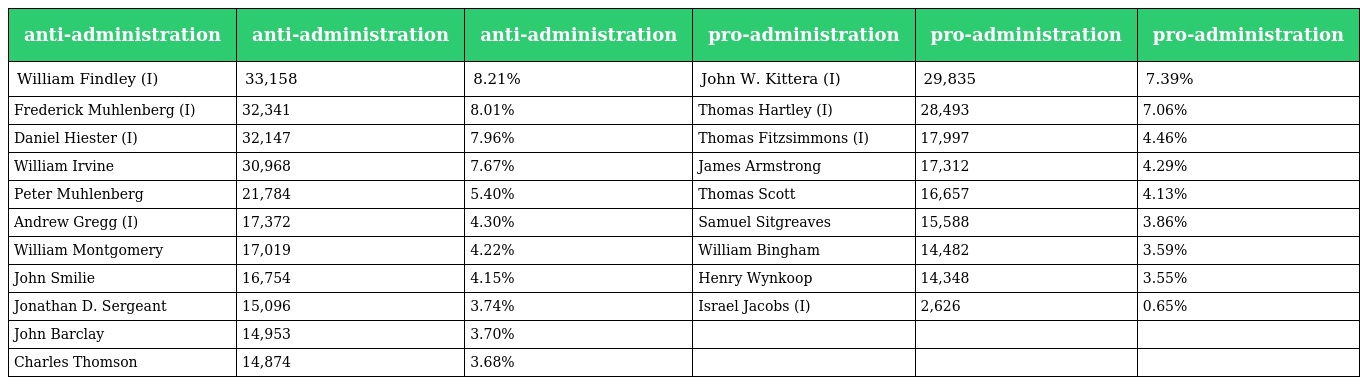
| anti-administration | anti-administration | anti-administration | pro-administration | pro-administration | pro-administration |
 | --- | --- | --- | --- | --- | --- |
 | William Findley (I) | 33,158 | 8.21% | John W. Kittera (I) | 29,835 | 7.39% |
 | Frederick Muhlenberg (I) | 32,341 | 8.01% | Thomas Hartley (I) | 28,493 | 7.06% |
 | Daniel Hiester (I) | 32,147 | 7.96% | Thomas Fitzsimmons (I) | 17,997 | 4.46% |
 | William Irvine | 30,968 | 7.67% | James Armstrong | 17,312 | 4.29% |
 | Peter Muhlenberg | 21,784 | 5.40% | Thomas Scott | 16,657 | 4.13% |
 | Andrew Gregg (I) | 17,372 | 4.30% | Samuel Sitgreaves | 15,588 | 3.86% |
 | William Montgomery | 17,019 | 4.22% | William Bingham | 14,482 | 3.59% |
 | John Smilie | 16,754 | 4.15% | Henry Wynkoop | 14,348 | 3.55% |
 | Jonathan D. Sergeant | 15,096 | 3.74% | Israel Jacobs (I) | 2,626 | 0.65% |
 | John Barclay | 14,953 | 3.70% |  |  |  |
 | Charles Thomson | 14,874 | 3.68% |  |  |  |